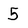
Character: 5